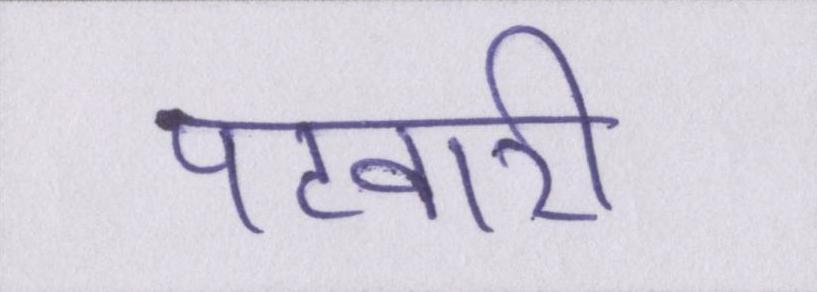
पटवारी